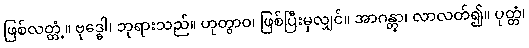
ဖြစ်လတ္တံ့။ ဗုဒ္ဓေါ၊ ဘုရားသည်။ ဟုတွာဝ၊ ဖြစ်ပြီးမှလျှင်။ အာဂန္တွာ၊ လာလတ်၍။ ပုတ္တံ၊